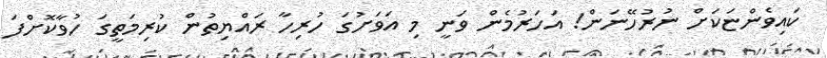
ކައިވެންޏަކަށް ނުރުހޭނަން! އަހަރުމެން ވަނީ މި އަވަށުގަ ހުރިހާ ރައްޔިތުން ކުރިމަތީގަ ހުވާކޮށްފަ